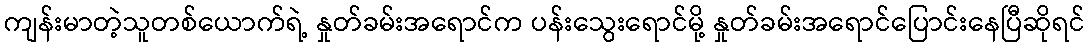
ကျန်းမာတဲ့သူတစ်ယောက်ရဲ့ နှုတ်ခမ်းအရောင်က ပန်းသွေးရောင်မို့ နှုတ်ခမ်းအရောင်ပြောင်းနေပြီဆိုရင်